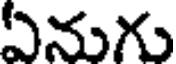
ఏనుగు